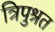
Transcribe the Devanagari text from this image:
त्रिपुश्रत